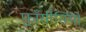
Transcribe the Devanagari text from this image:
फ़्राँसीसियों